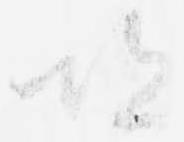
恐